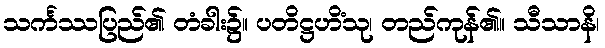
သင်္ကဿပြည်၏ တံခါး၌။ ပတိဋ္ဌဟိံသု၊ တည်ကုန်၏။ သီသာနိ၊